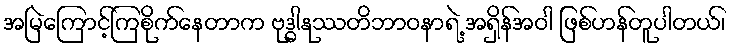
အမြဲကြောင့်ကြစိုက်နေတာက ဗုဒ္ဓါနုဿတိဘာဝနာရဲ့ အရှိန်အဝါ ဖြစ်ဟန်တူပါတယ်၊